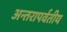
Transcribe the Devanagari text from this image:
अन्तरापर्वतीय